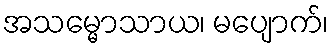
အသမ္မောသာယ၊ မပျောက်၊